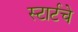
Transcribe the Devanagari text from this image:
स्टार्टचे